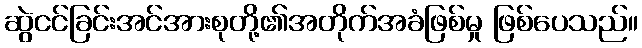
ဆွဲငင်ခြင်းအင်အားစုတို့၏အတိုက်အခံဖြစ်မှု ဖြစ်ပေသည်။